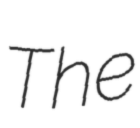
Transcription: The